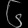
Digit: ၆